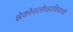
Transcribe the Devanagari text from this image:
झेकोस्लोव्हाकियाची